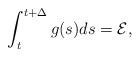
LaTeX: \begin{align*} \int_t^{t+\Delta} g(s) ds = \mathcal{E}, \end{align*}